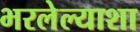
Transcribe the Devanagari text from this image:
भरलेल्याशा